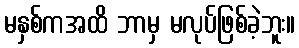
မနှစ်ကအထိ ဘာမှ မလုပ်ဖြစ်ခဲ့ဘူး။